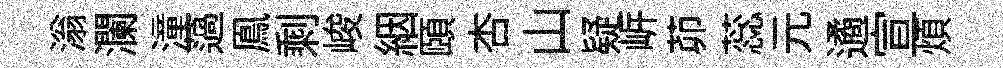
滃瀾潼薖鳯剩峻絪頤杏山疑㟁茆蕊元遹宣煩